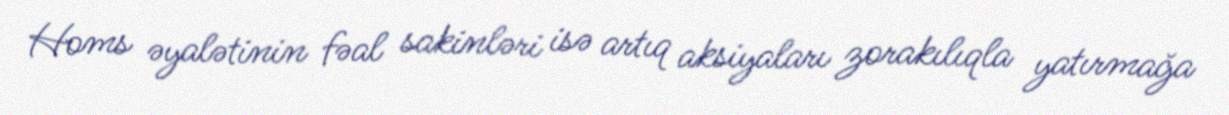
Homs əyalətinin fəal sakinləri isə artıq aksiyaları zorakılıqla yatırmağa